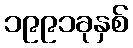
၁၉၉၁ခုနှစ်